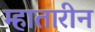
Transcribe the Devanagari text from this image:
म्हातारीन